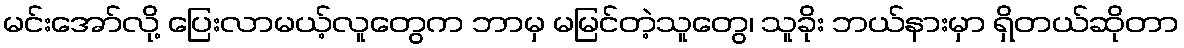
မင်းအော်လို့ ပြေးလာမယ့်လူတွေက ဘာမှ မမြင်တဲ့သူတွေ၊ သူခိုး ဘယ်နားမှာ ရှိတယ်ဆိုတာ